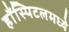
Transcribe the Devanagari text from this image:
हाँस्पिटलमध्ये